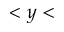
< y <